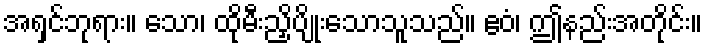
အရှင်ဘုရား။ သော၊ ထိုမီးညှိပျိုးသောသူသည်။ ဧဝံ၊ ဤနည်းအတိုင်း။